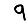
Digit: 9